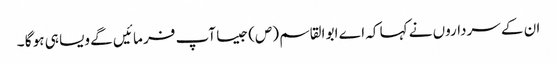
ان کے سرداروں نے کہا کہ اے ابو القاسم (ص) جیسا آپ فر ما ئیں گے ویسا ہی ہو گا ۔